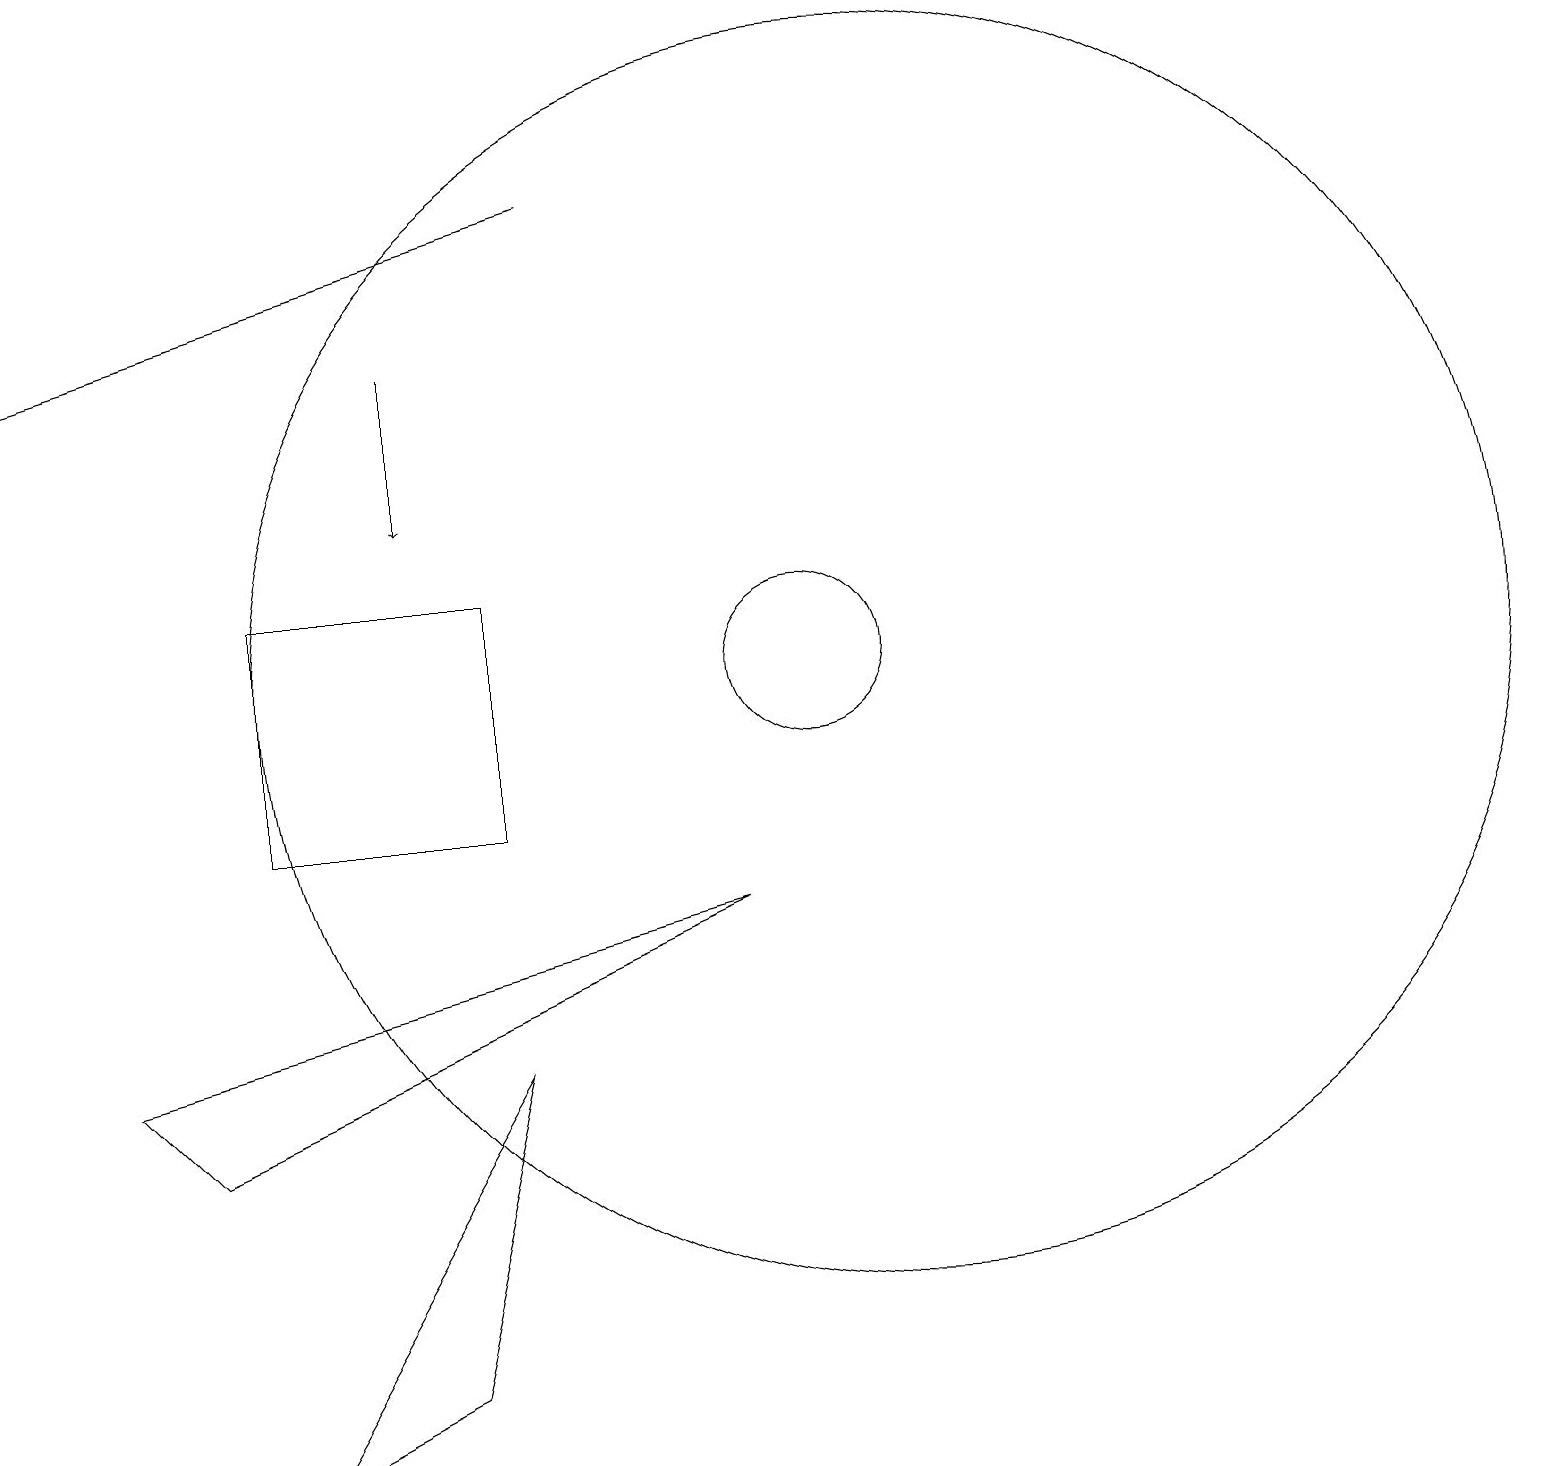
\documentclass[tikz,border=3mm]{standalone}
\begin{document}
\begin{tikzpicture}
\draw[->] (7,18) -- (0,16);
\draw[->] (5,16) -- (5,14);
\draw (11,12) circle (8);
\draw (3,2) -- (6,7) -- (5,3) -- cycle;
\draw (9,9) -- (1,7) -- (2,6) -- cycle;
\draw (6,10) rectangle (3,13);
\draw (10,12) circle (1);
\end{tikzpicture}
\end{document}